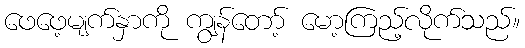
ဖေဖေ့မျက်နှာကို ကျွန်တော့် မော့ကြည့်လိုက်သည်။